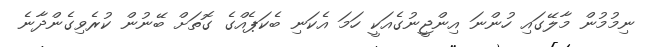
ނިމުމުން މާލޭގައި ހުންނަ އިންޖީނުގެއަކީ ހަމަ އެކަނި ބެކަޕެއްގެ ގޮތަށް ބޭނުން ކުރެވިގެންދާނެ